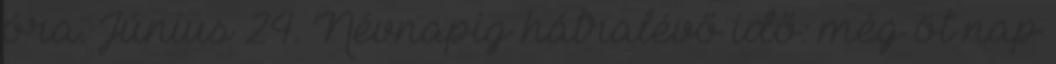
óra. Június 24. Névnapig hátralévő idő: még öt nap